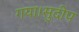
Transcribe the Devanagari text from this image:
गया।सुदीप